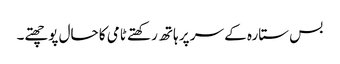
بس ستارہ کے سر پر ہاتھ رکھتے ٹامی کا حال پوچھتے۔